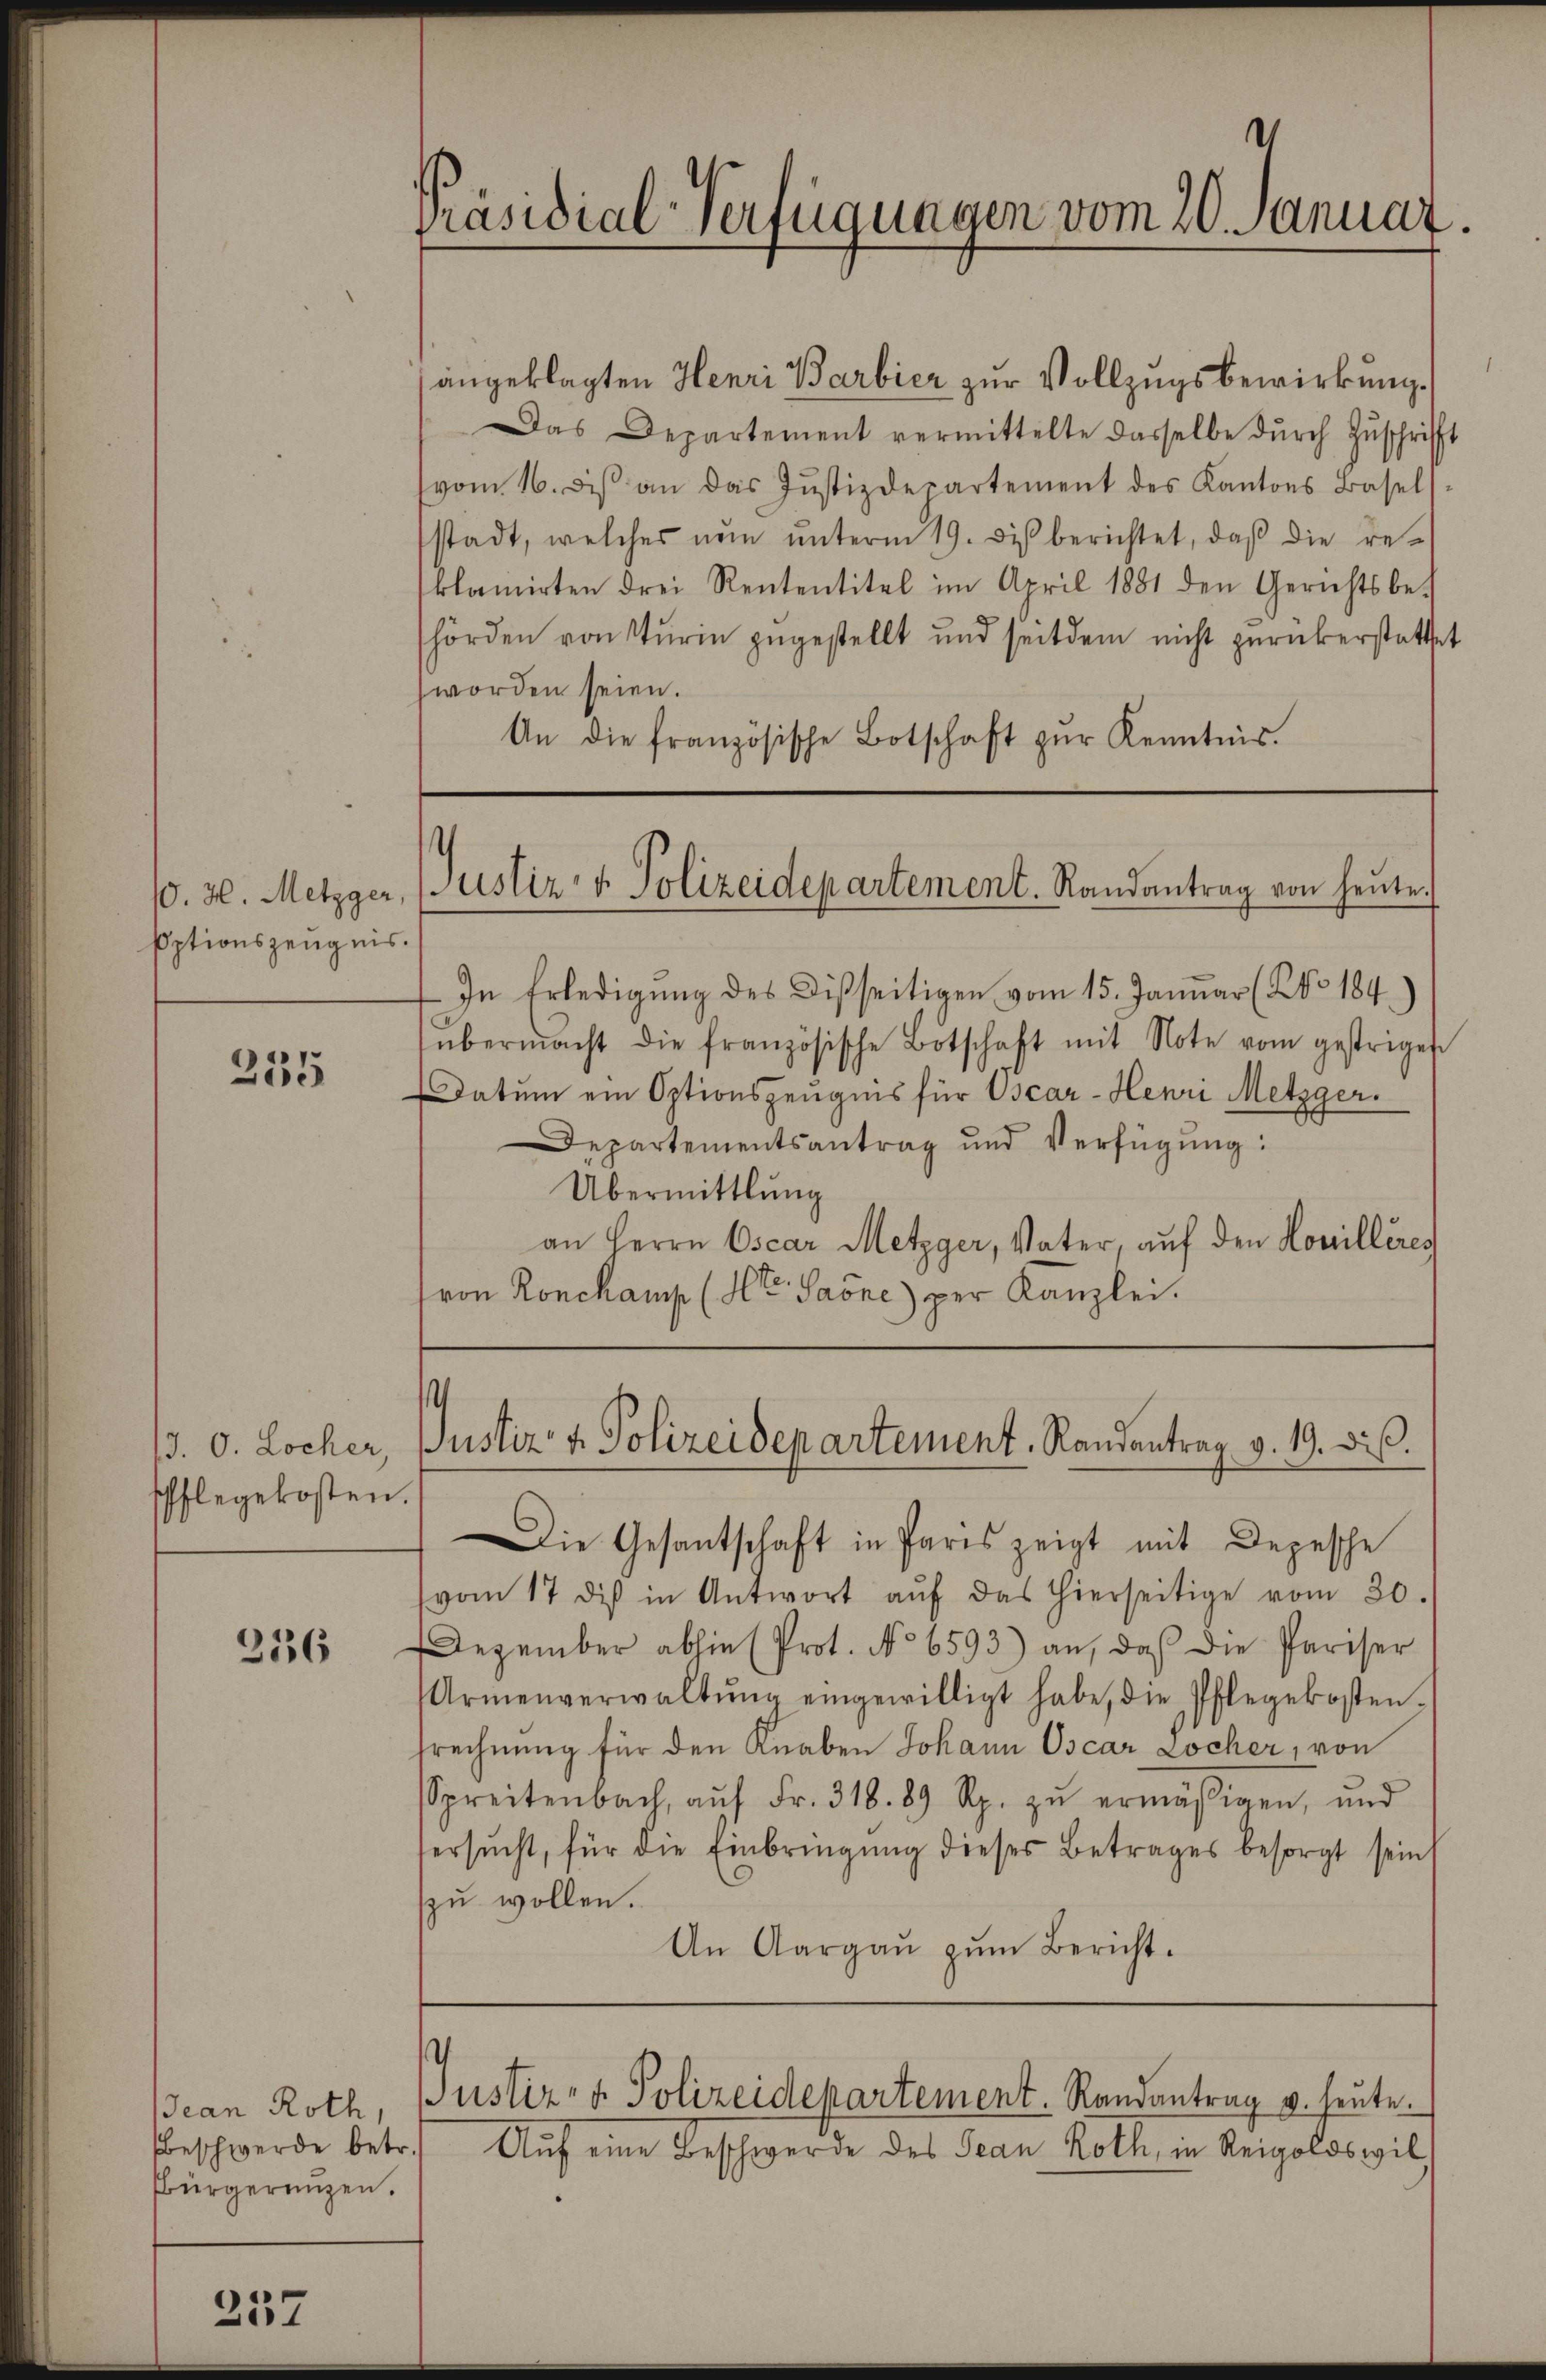
10. H. Metzger
pptionszeugnis.

255

J. O. Locher,
Pflegekosten.

236

Jean Roth,
Beschwerde betr.
Bürgerenzen.

257

Präsidial-Verfügungen vom 20. Januar.

angeklagten Henri Barbier zur Vollzugsbewirkung.
Das Departement vermittelte dasselbe durch Zuschrift
vom 16. des an das Justizdepartement des Kantons Basel
stadt, welches nŭn ŭnterm 19. des berichtet, daß die re-
klamirten drei Rententitel im April 1881 den Gerichtsbe-
hörden von Sturin zugestellt und seitdem nicht zurückerstattet
worden seien.
An die französische Botschaft zŭr Kenntnis.

Justiz- & Polizeidepartement. Randantrag von heute.

In Erledigŭng des Disseitigen vom 15. Januar (No. 184.)
übermacht die französische Botschaft mit Note vom gestrigen
Datum ein Optionszeugnis für Oscar-Henri Metzger¬
Departementsantrag und Verfügŭng:
Übermittlung
an Herrn Oscar Metzger, Vater, auf den Honilleres
(von Ronckamp (St. Gaöne) per Kanzlei.

.
Justiz- & Polizeidepartement, Randantrag v. 19. dis.

Die Gesantschaft in Paris zeigt mit Depesche
vom 17 des in Antwort aŭf das hierseitige vom 20.
Dezember abhin (Prot. No 6593) an, daß die Pariser
Armenverwaltŭng eingewilligt habe, die Pflegekosten-
srechnung für den Knaben Johann Oscar Locher, von
preitenbach, aŭf Fr. 318. 89 Rp. zŭ ermäβigen, und
tersucht, für die Einbringung dieses Betrages besorgt sein
zzu wollen.
An Aargaŭ zŭm Bericht.

JJustiz- & Polizeidepartement. Randantrag u. heute.

Auf eine Beschwerde des Jean Roth, in Reigoldswil,